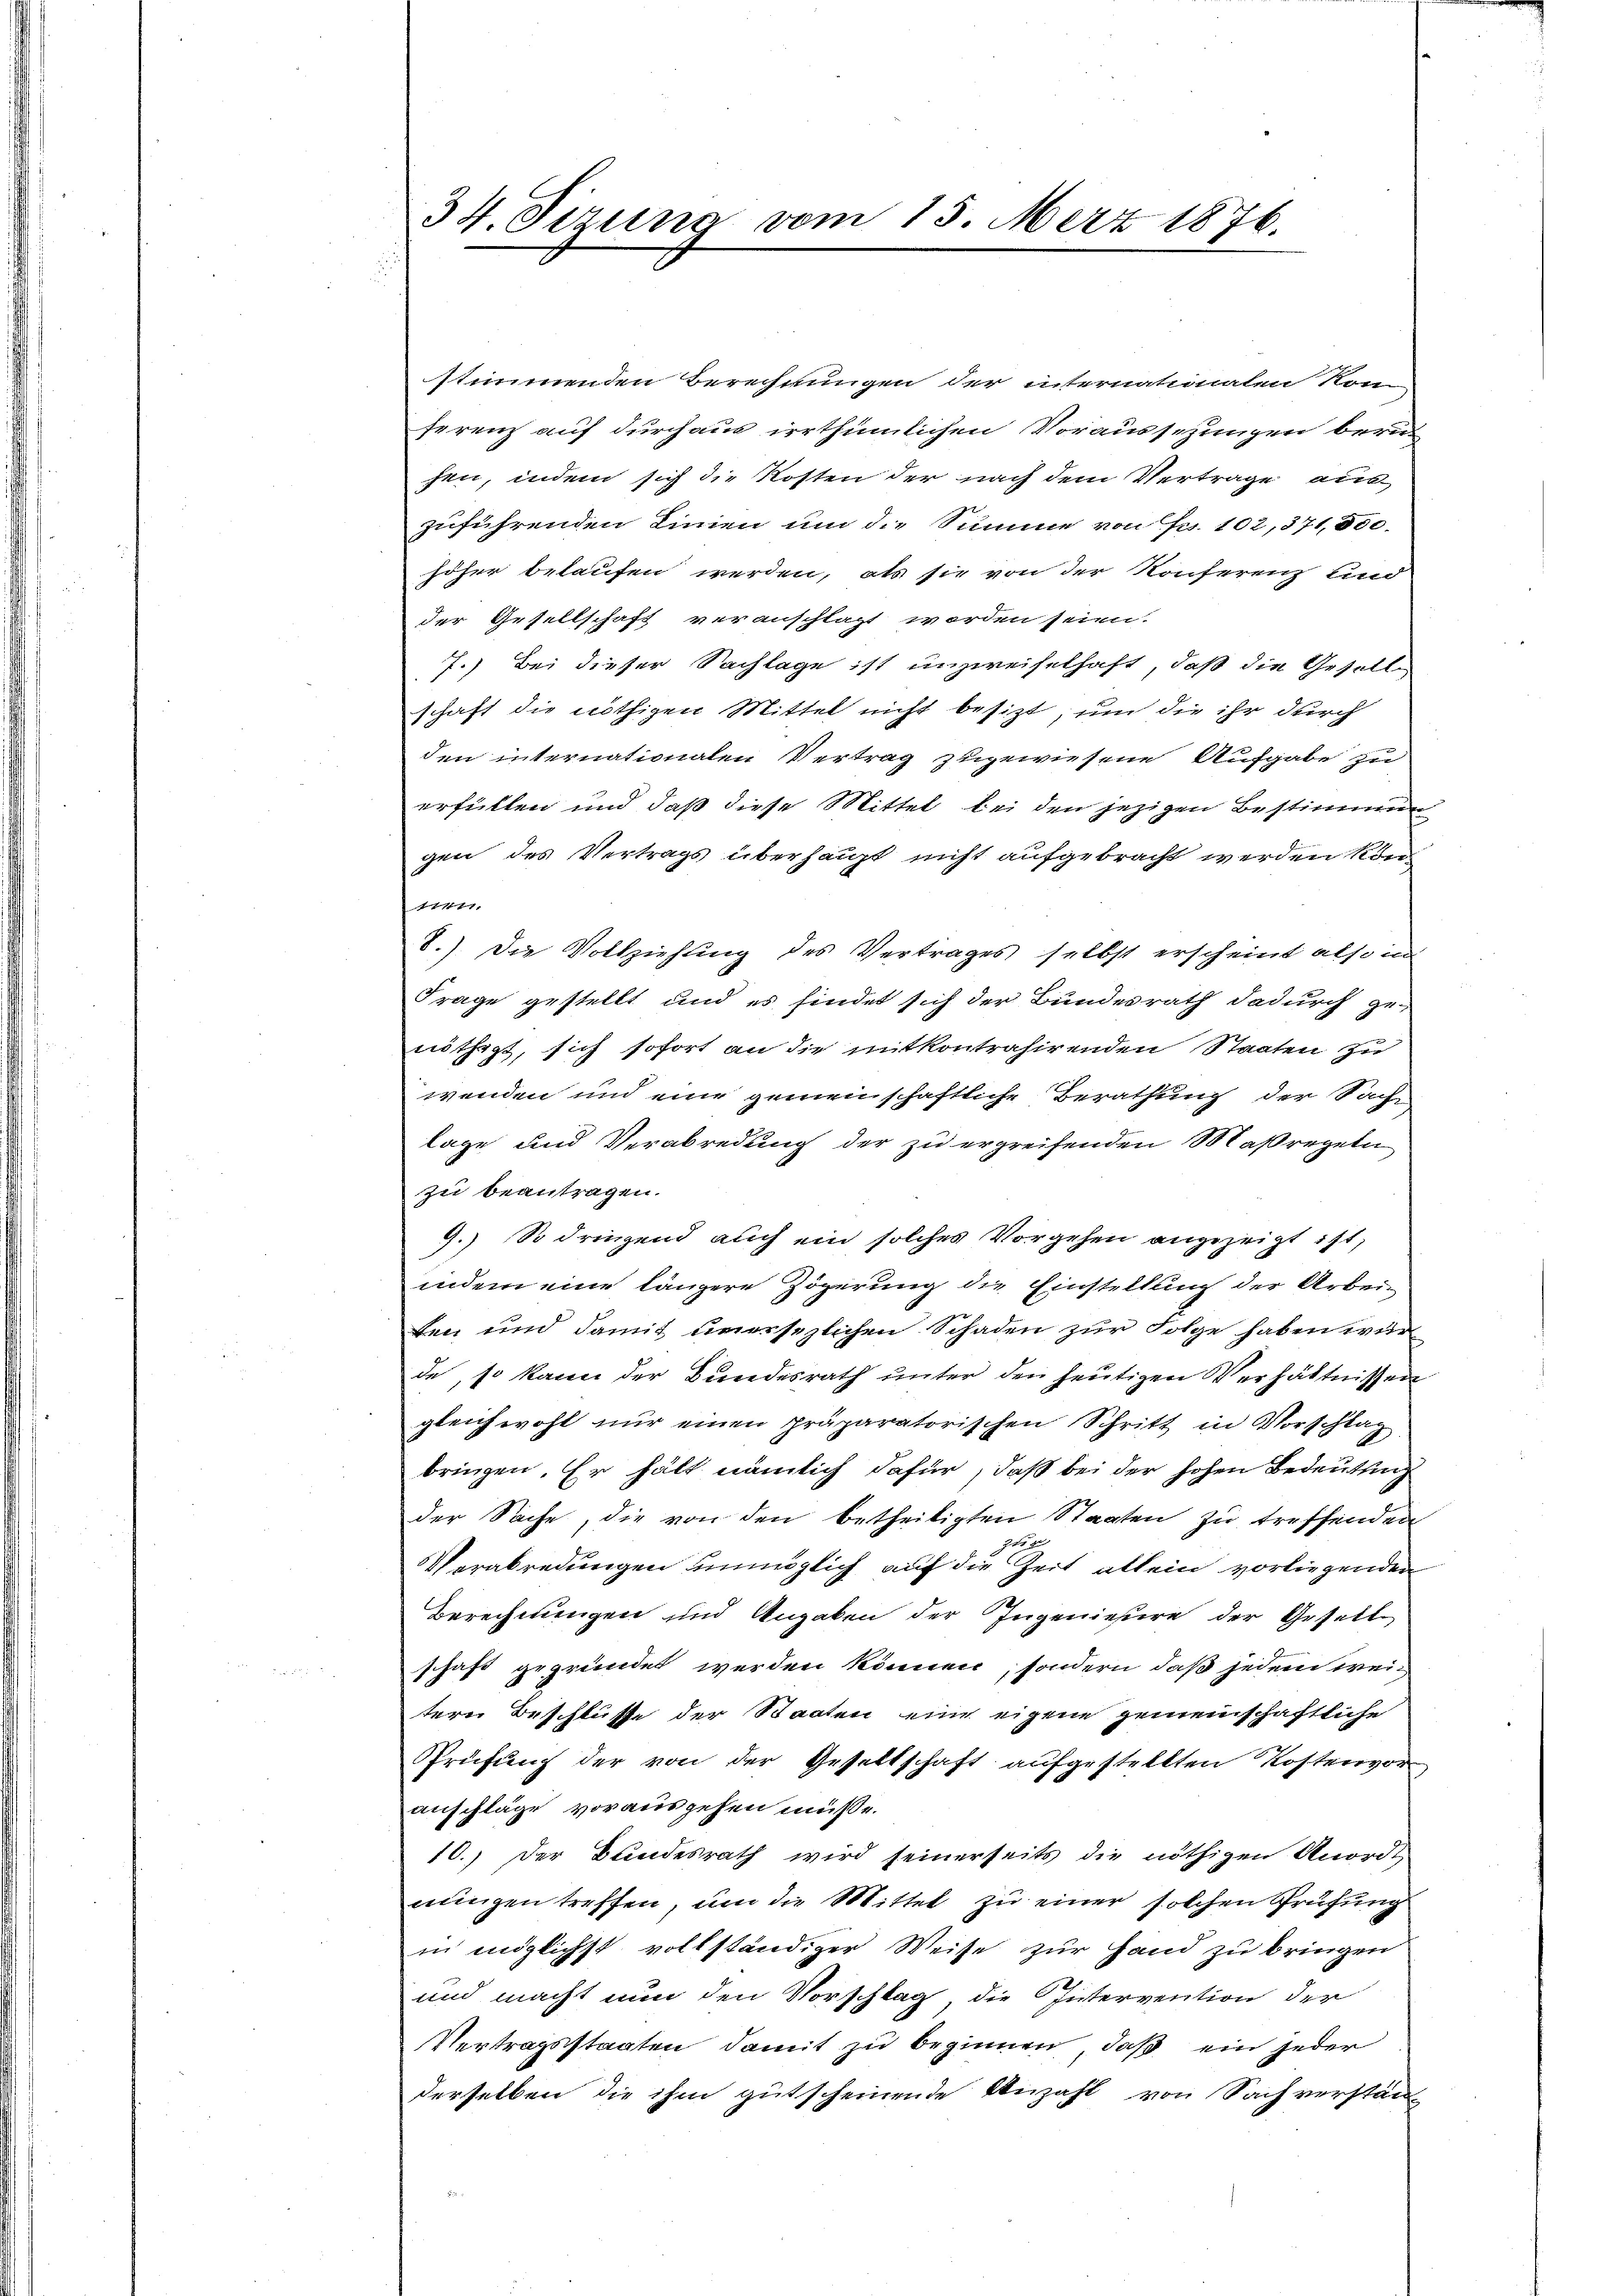
34. Sizung vom 15. Merz 1876.

stimmenden Berechnungen der internationalen Kom-
ferenz auf durchaus irrthümlichen Voraussezungen beru
hen, indem sich die Kosten der nach dem Vertrage aus
zuführenden Linien um die Summe von Fr. 102, 371,500.
höher belaufen werden, als sie von der Konferenz und
der Gesellschaft veranschlagt worden seien.
7.) Bei dieser Sachlage ist unzweifelhaft, daß die Gesellschaft die nöthigen Mittel nicht besizt, um die ihr durch
den internationalen Vertrag zugewiesene Aufgabe zu
erfüllen und daß diese Mittel bei den jezigen Bestimmung
gen des Vertrags überhaupt nicht aufgebracht werden kön
1747,
8.) Die Vollziehung des Vertrages selbst erscheint also in
Frage gestellt und es findet sich der Bundesrath dadurch ge-
nöthigt, sich sofort an die mitkontrahirenden Staaten zu
wenden und eine gemeinschaftliche Berathung der Sache
lage und Verabredung der zu ergreifenden Maßregeln
zu beantragen.
9.) So dringend auch ein solches Vorgehen angezeigt ist,
indem eine längere Zögerung die Einstellung der Arbeiten und damit unersezlichen Schaden zur Folge haben wur
de, so kann der Bundesrath unter den heutigen Verhältnissen
gleichwohl nur einen präparatorischen Schritt in Vorschlag
bringen. Er hält nämlich dafür, daß bei der hohen Bedeutung
der Sache, die von den betheiligten Staaten zu treffenden

Verabredungen unmöglich auf die Zeit allein vorliegenden
Berechnungen und Angaben der Ingenießere der Gesell
schaft gegründet werden können, sondern daß jedem weitern Beschlusse der Staaten eine eigene gemeinschaftliche
Sprüfung der von der Gesellschaft aufgestellten Kostenvor-
anschläge vorausgehen müße.
10.) Der Bundesrath wird seinerseits die nöthigen Anordt
nungen treffen, um die Mittel zu einer solchen Prüfung
in möglichst vollständiger Weise zur Hand zu bringen
und macht nun den Vorschlag die Intervention der
Vertragsstaaten damit zu beginnen, daß ein jeder
derselben die ihm gutscheinende Anzahl von Sachverstän